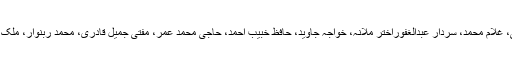
میلاد مارچ میں صاحبزادہ انورحسن قریشی، ریاض علیانی، غلام محمد، سردار عبدالغفوراختر ملانہ، خواجہ جاوید، حافظ خبیب احمد، حاجی محمد عمر، مفتی جمیل قادری، محمد ربنوار، ملک سعید مصطفوی کے علاوہ سینکڑوں افراد نے شرکت کی۔